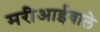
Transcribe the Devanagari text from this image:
मरीआईवाले